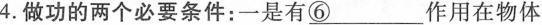
4.做功的两个必要条件:一是有\underline{⑥}作用在物体